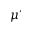
\mu ^ { \prime }